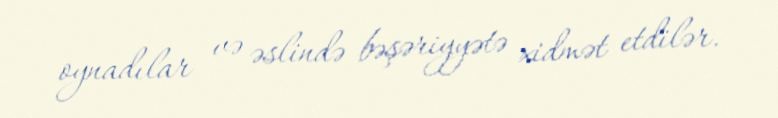
oynadılar və əslində bəşəriyyətə xidmət etdilər.